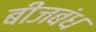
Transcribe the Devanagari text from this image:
बीजबंध